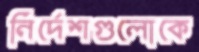
নির্দেশগুলোকে